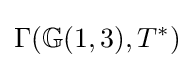
\Gamma (\mathbb {G} (1,3),T^{*})